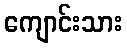
ကျောင်းသား